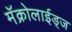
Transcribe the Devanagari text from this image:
मॅक्रोलाईड्ज